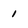
Character: 1